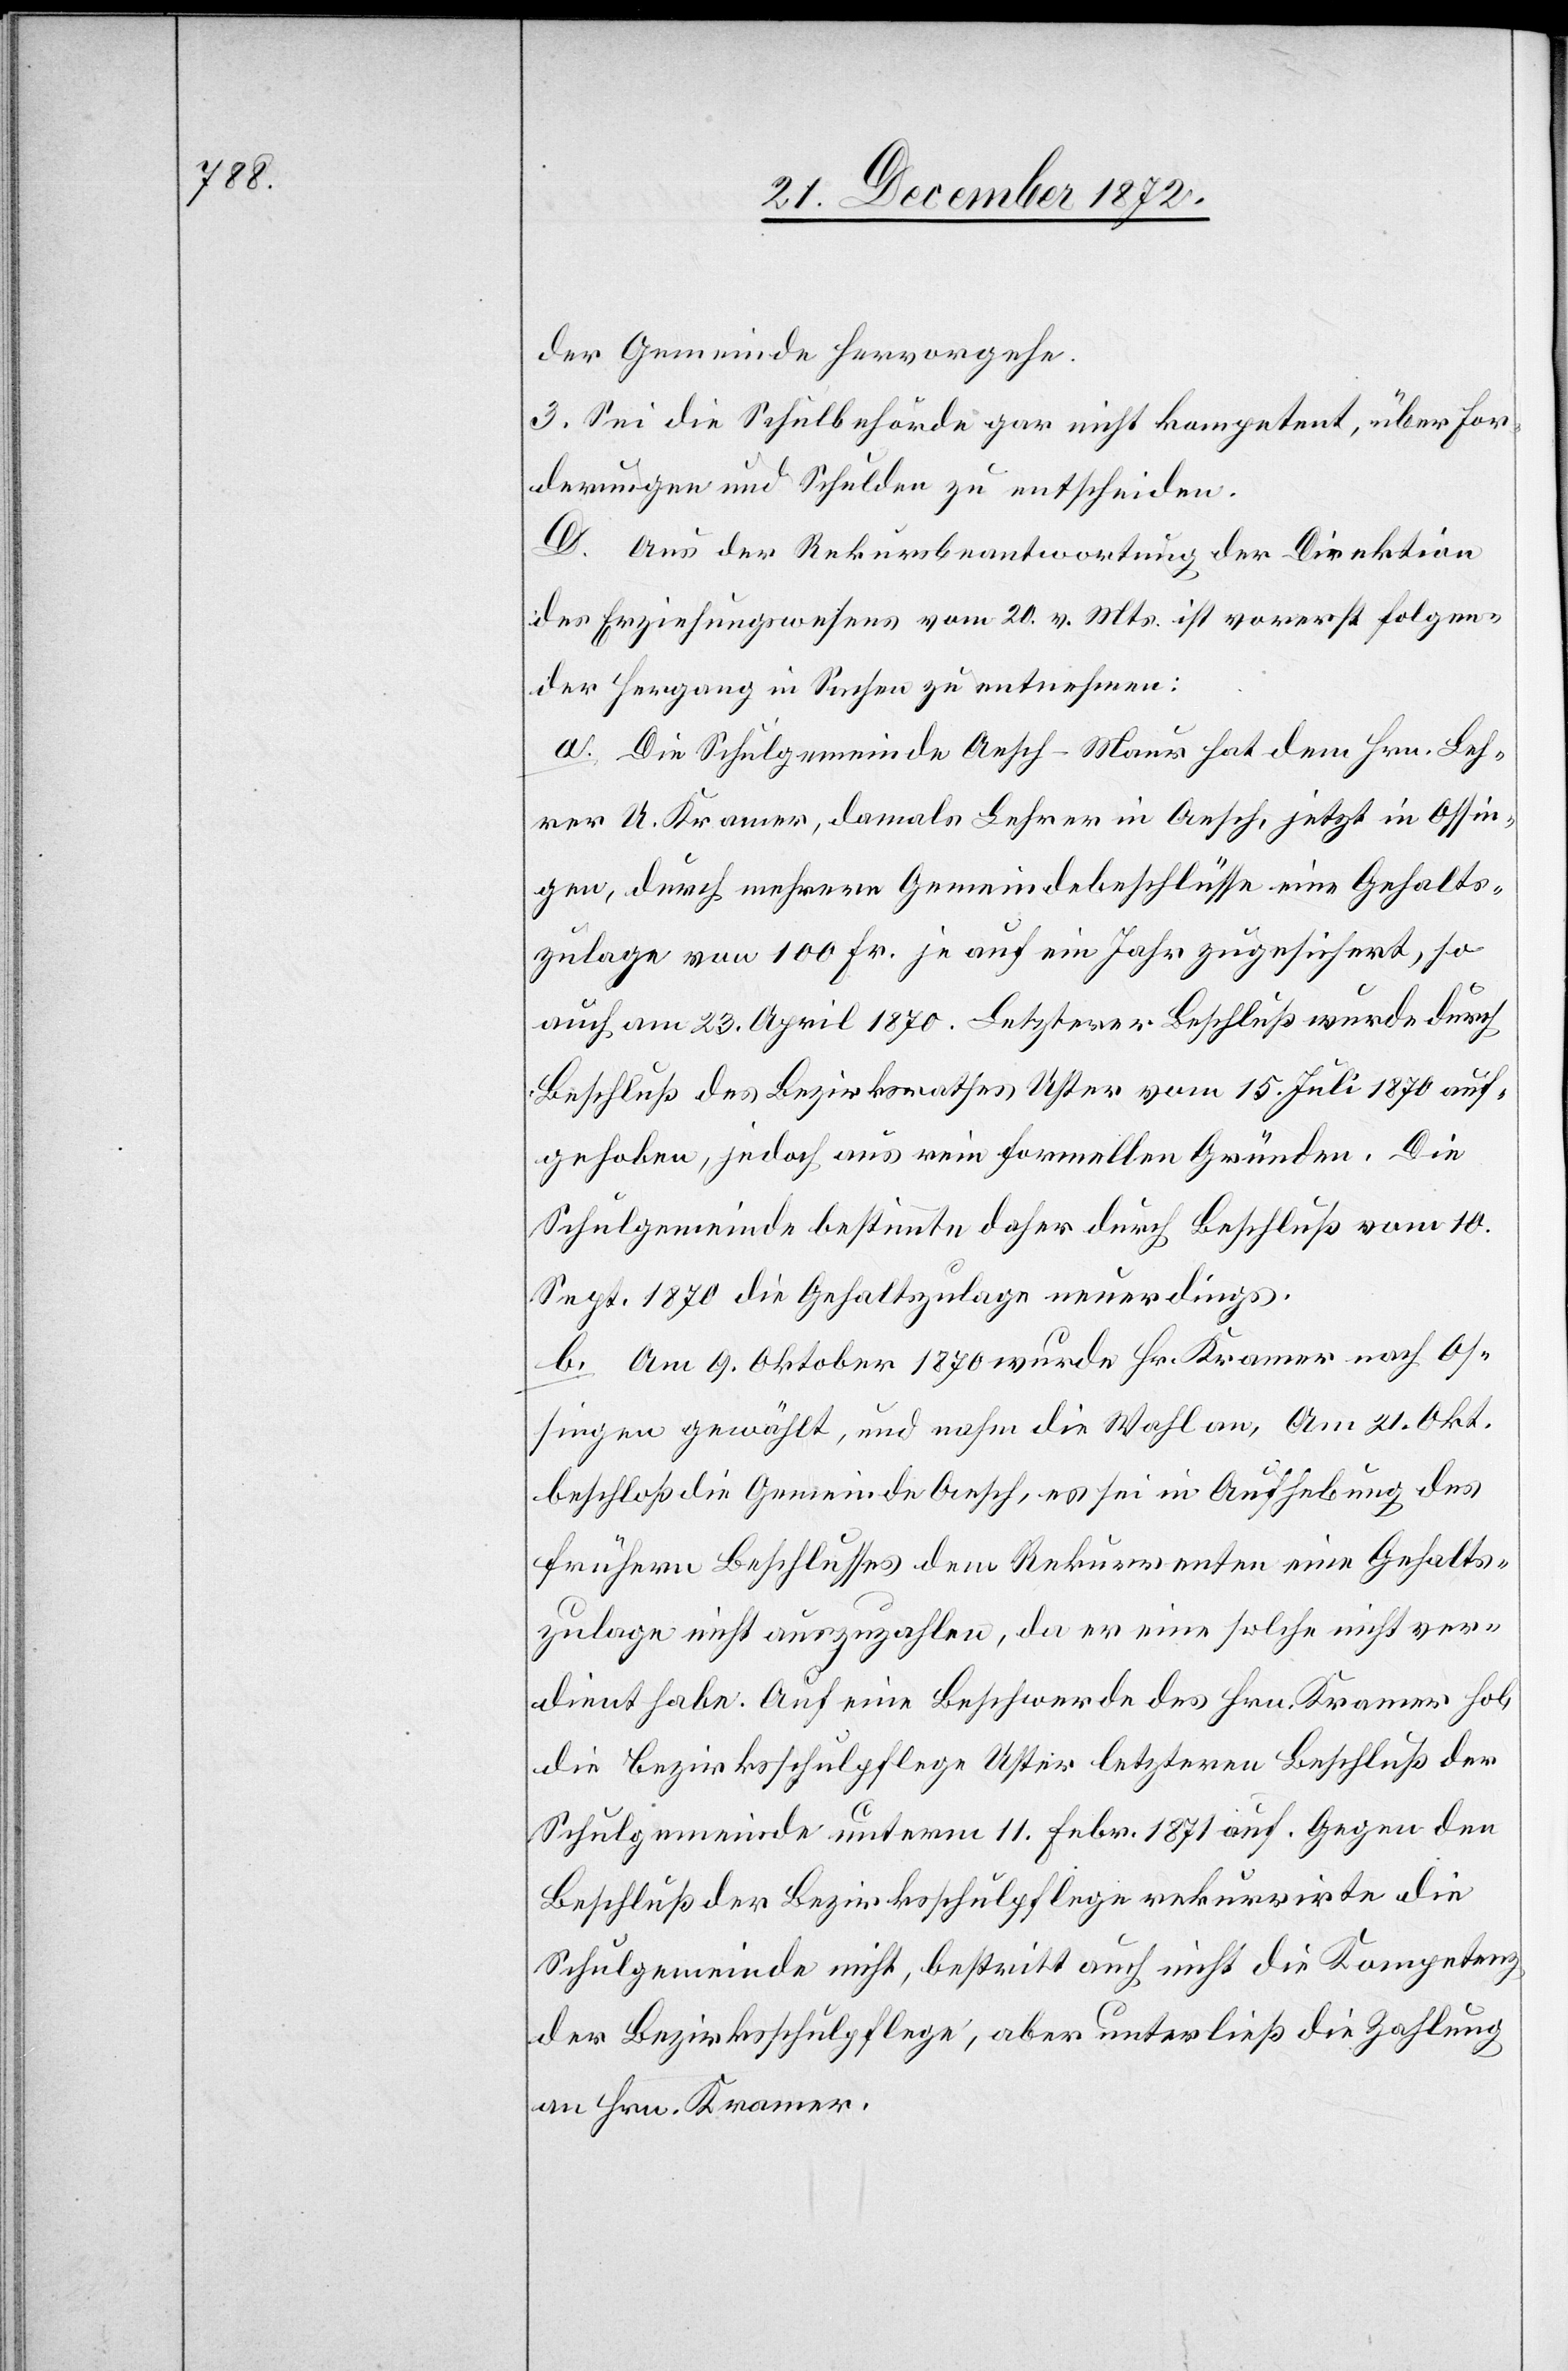
der Gemeinde hervorgehe.
3. Sei die Schulbehörde gar nicht kompetent, über For¬
derungen und Schulden zu entscheiden.
D. Aus der Rekursbeantwortung der Direktion
des Erziehungswesens vom 20. v. Mts. ist vorerst folgen¬
der Hergang in Sachen zu entnehmen:
a. Die Schulgemeinde Aesch-Maur hat dem Hrn. Leh¬
rer U. Kramer, damals Lehrer in Aesch, jetzt in Ossin¬
gen, durch mehrere Gemeindebeschlüsse eine Gehalts¬
zulage von 100 Fr. je auf ein Jahr zugesichert, so
auch am 23. April 1870. Letzterer Beschluß wurde durch
Beschluß des Bezirksrathes Uster vom 15. Juli 1870 auf¬
gehoben, jedoch aus rein formellen Gründen. Die
Schulgemeinde bestimmte daher durch Beschluß vom 10.
Sept. 1870 die Gehaltszulage neuerdings.
b. Am 9. Oktober 1870 wurde Hr. Kramer nach Os¬
singen gewählt, und nahm die Wahl an. Am 21. Okt.
beschloß die Gemeinde Aesch, es sei in Aufhebung des
frühern Beschlusses dem Rekurrenten eine Gehalts¬
zulage nicht auszubezahlen, da er eine solche nicht ver¬
dient habe. Auf eine Beschwerde des Hrn. Kramer hob
die Bezirksschulpflege Uster letzteren Beschluß der
Schulgemeinde unterm 11. Febr. 1871 auf. Gegen den
Beschluß der Bezirksschulpflege rekurrirte die
Schulgemeinde nicht, bestritt auch nicht die Kompetenz
der Bezirksschulpflege, aber unterließ die Zahlung
an Hrn. Kramer.